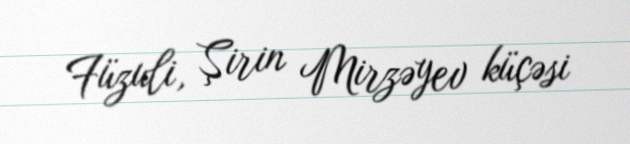
Füzuli, Şirin Mirzəyev küçəsi